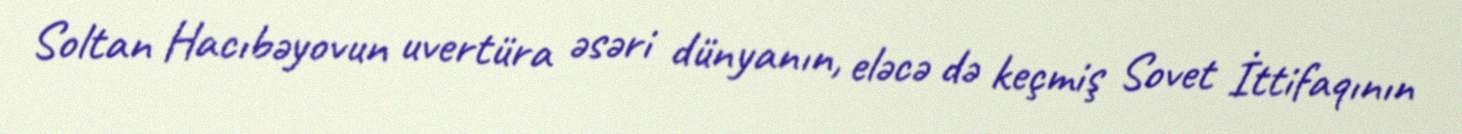
Soltan Hacıbəyovun uvertüra əsəri dünyanın, eləcə də keçmiş Sovet İttifaqının